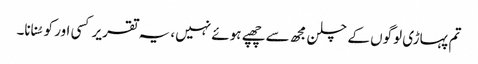
تم پہاڑی لوگوں کے چلن مجھ سے چھپے ہوئے نہیں، یہ تقریر کسی اور کو سُنانا۔